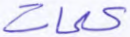
كلمات